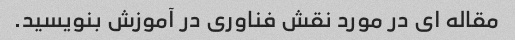
مقاله ای در مورد نقش فناوری در آموزش بنویسید.